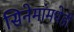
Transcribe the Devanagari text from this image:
सिनेमांमधेही